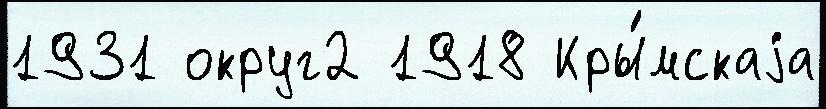
1931 округ2 1918 Кры́мскаjа